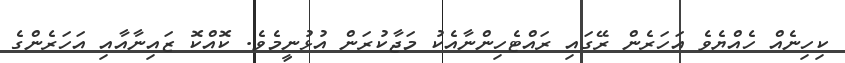
ކިހިނެއް ހެއްޔެވެ އަހަރެން ރޭގައި ރައްޓެހިންނާއެކު މަޖާކުރަން އުޅުނީމެވެ. ކޮއްކޮ ޒައިނާއާއި އަހަރެންގެ